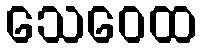
သေဝေထ